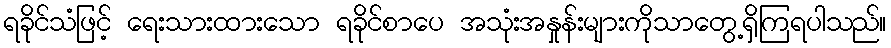
ရခိုင်သံဖြင့် ရေးသားထားသော ရခိုင်စာပေ အသုံးအနှုန်းများကိုသာတွေ့ရှိကြရပါသည်။